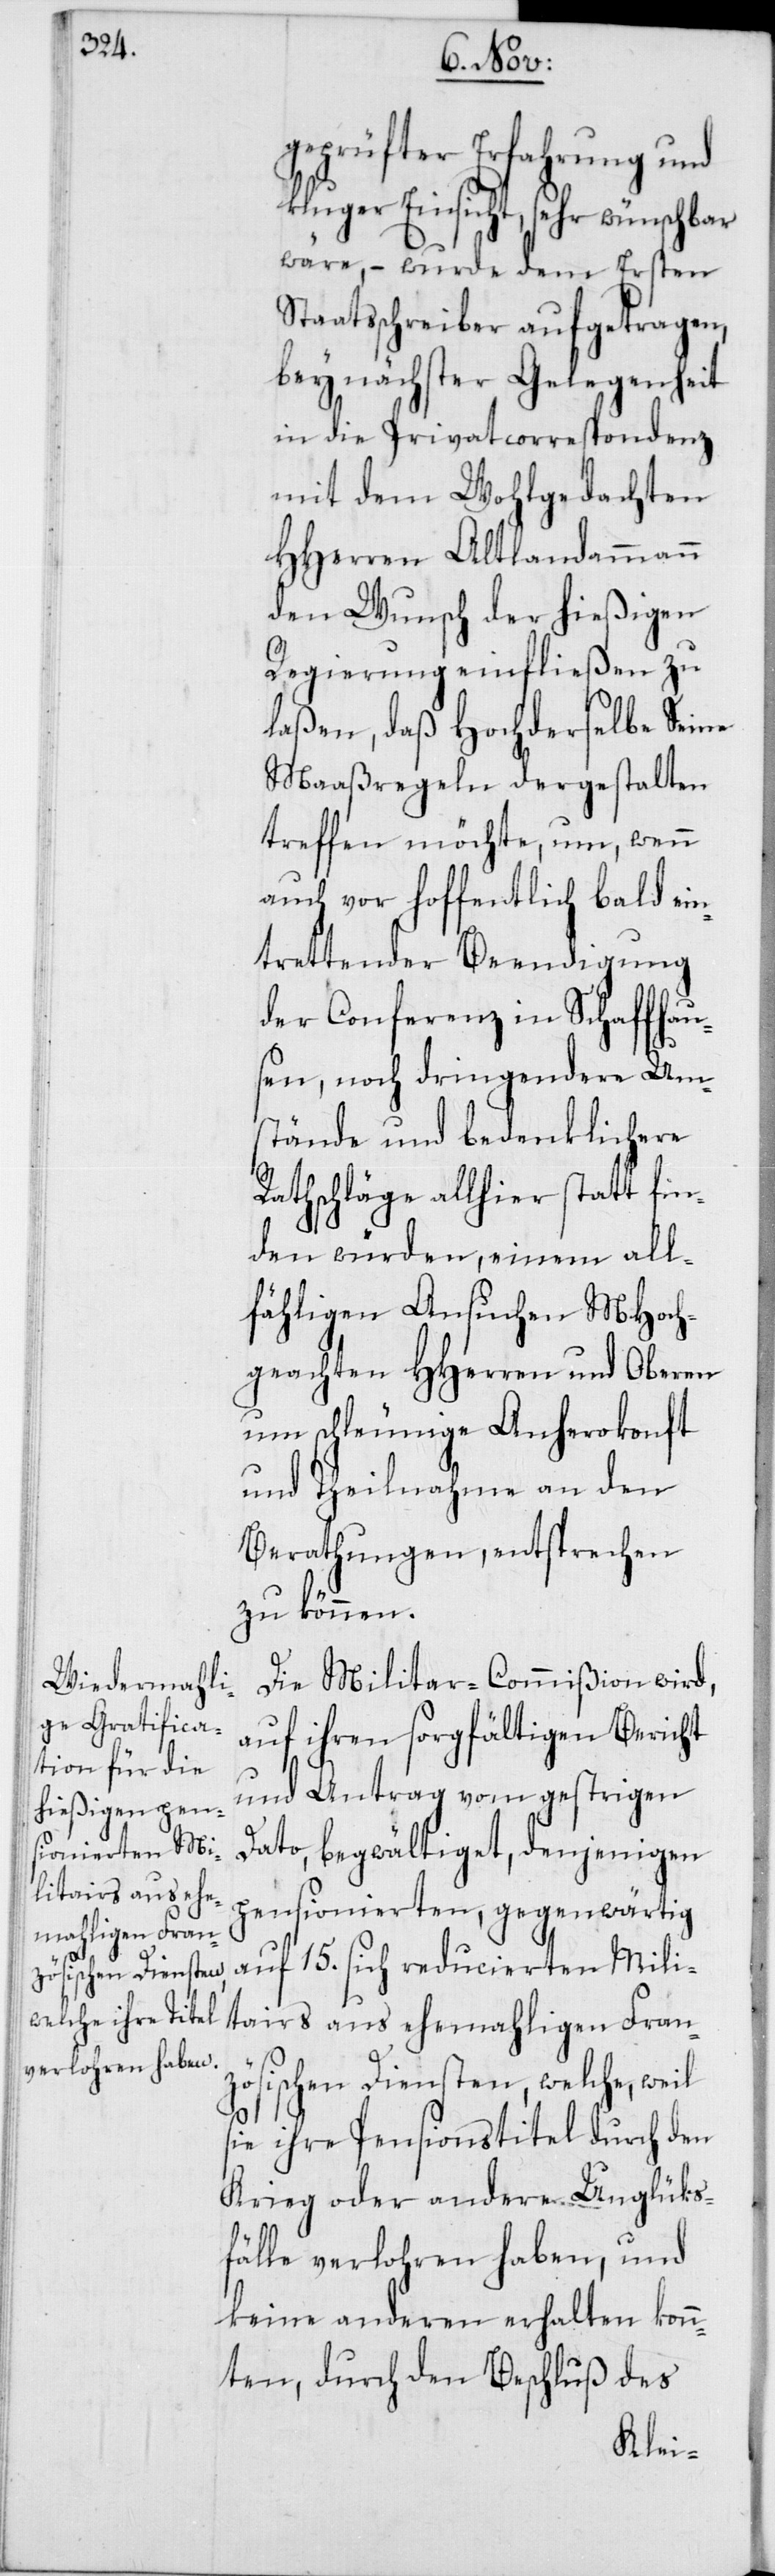
geprüfter Erfahrung und
kluger Einsicht, sehr wünschbar
wäre, – wurde dem Ersten
Staatsschreiber aufgetragen,
bey nächster Gelegenheit
in die Privatcorrespondenz
mit dem Wohlgedachten
HHerren Altlandammann
den Wunsch der hießigen
Regierung einfließen zu
laßen, daß Hochderselbe Seine
Maaßregeln dergestalten
treffen möchte, um, wenn
auch vor hoffentlich bald ein¬
trettender Beendigung
der Conferenz in Schaffhau¬
sen, noch dringendere Um¬
stände und bedenklichere
Rathschläge allhier statt fin¬
den würden, einem all¬
fähligen Ansuchen MHoch¬
geachten HHerren und Oberen
um schleunige Anherokonft
und Theilnahme an den
Berathungen, entsprechen
zu können.
Die Militar-Commißion wird,
auf ihren sorgfältigen Bericht
und Antrag vom gestrigen
Dato, begwältiget, denjenigen
pensionierten, gegenwärtig
auf 15. sich reducierten Mili¬
tairs aus ehemahligen Fran¬
zösischen Diensten, welche, weil
sie ihre Pensionstitel durch den
Krieg oder andere Unglüks¬
fälle verlohren haben, und
keine anderen erhalten kon¬
nten, durch den Beschluß des